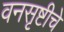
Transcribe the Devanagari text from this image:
वनसृष्टीचे